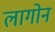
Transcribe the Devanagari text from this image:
लागोन